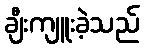
ချီးကျူးခဲ့သည်